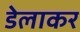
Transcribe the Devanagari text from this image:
डेलाकर